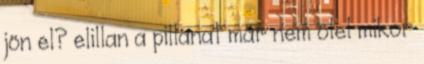
jön el? elillan a pillanat már nem ölel mikor